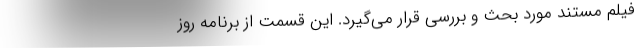
فیلم مستند مورد بحث و بررسی قرار می‌گیرد. این قسمت از برنامه روز